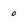
Character: o